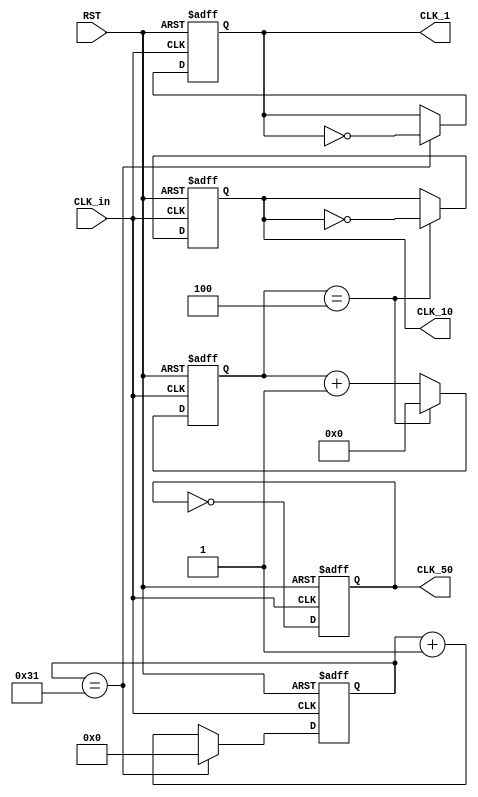
module freq_div(
    input CLK_in,  // Input clock signal at 100MHz
    input RST,     // Reset signal (active high)
    output reg CLK_50,   // Output clock signal at 50MHz
    output reg CLK_10,   // Output clock signal at 10MHz
    output reg CLK_1     // Output clock signal at 1MHz
);

    // Counter for the 10MHz clock
    reg [3:0] cnt_10 = 0;  // 5 stages (0-4), toggles at 5
    // Counter for the 1MHz clock
    reg [5:0] cnt_100 = 0; // 50 stages (0-49), toggles at 50

    // Frequency division for 50MHz
    always @(posedge CLK_in or posedge RST) begin
        if (RST) begin
            CLK_50 <= 0;
        end else begin
            CLK_50 <= ~CLK_50; // Toggles each clock cycle (50MHz)
        end
    end

    // Frequency division for 10MHz
    always @(posedge CLK_in or posedge RST) begin
        if (RST) begin
            cnt_10 <= 0;
            CLK_10 <= 0;
        end else begin
            if (cnt_10 == 4) begin
                cnt_10 <= 0;
                CLK_10 <= ~CLK_10; // Toggle the output clock
            end else begin
                cnt_10 <= cnt_10 + 1;
            end
        end
    end

    // Frequency division for 1MHz
    always @(posedge CLK_in or posedge RST) begin
        if (RST) begin
            cnt_100 <= 0;
            CLK_1 <= 0;
        end else begin
            if (cnt_100 == 49) begin
                cnt_100 <= 0;
                CLK_1 <= ~CLK_1; // Toggle the output clock
            end else begin
                cnt_100 <= cnt_100 + 1;
            end
        end
    end

endmodule